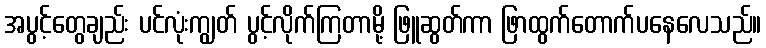
အပွင့်တွေချည်း ပင်လုံးကျွတ် ပွင့်လိုက်ကြတာမို့ ဖြူဆွတ်ကာ ဖြာထွက်တောက်ပနေလေသည်။